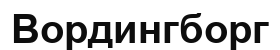
Вордингборг